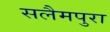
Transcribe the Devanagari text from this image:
सलैमपुरा